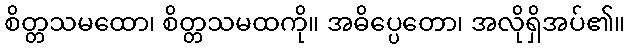
စိတ္တသမထော၊ စိတ္တသမထကို။ အဓိပ္ပေတော၊ အလိုရှိအပ်၏။